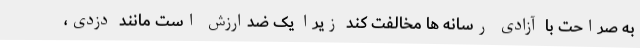
به صراحت با آزادی رسانه ها مخالفت کند زیرا یک ضدارزش است مانند دزدی،